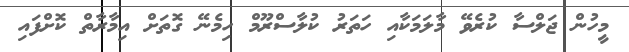
މީހުން ޖަލްސާ ކުރެވޭ މާލަމަކާއި ހަތަރު ކުލާސްރޫމް ހިމެނޭ ގޮތަށް އިމާރާތް ކޮށްފައި